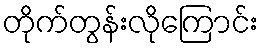
တိုက်တွန်းလိုကြောင်း